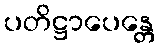
ပတိဋ္ဌာပေန္တေ